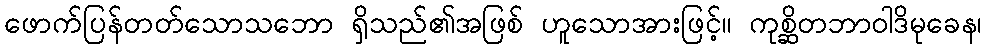
ဖောက်ပြန်တတ်သောသဘော ရှိသည်၏အဖြစ် ဟူသောအားဖြင့်။ ကုစ္ဆိတဘာဝါဒိမုခေန၊